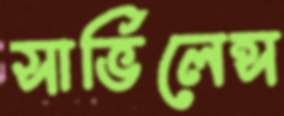
সার্ভিলেন্স